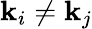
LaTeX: \mathbf{k}_{i}\neq\mathbf{k}_{j}